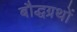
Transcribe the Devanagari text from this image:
बौद्धग्रथों